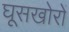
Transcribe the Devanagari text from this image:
घूसखोरों